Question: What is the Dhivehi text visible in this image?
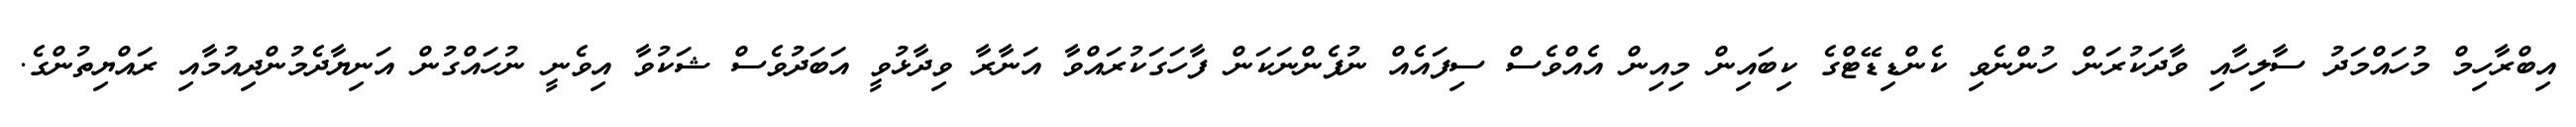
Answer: އިބްރާހިމް މުހައްމަދު ސާލިހާއި ވާދަކުރަން ހުންނެވި ކެންޑިޑޭޓްގެ ކިބައިން މިއިން އެއްވެސް ސިފައެއް ނުފެންނަކަން ފާހަގަކުރައްވާ އަނާރާ ވިދާޅުވީ އަބަދުވެސް ޝަކުވާ އިވެނީ ނުހައްގުން އަނިޔާދެމުންދިއުމާއި ރައްޔިތުންގެ.